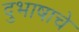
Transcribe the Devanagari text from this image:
दुभाषाचे